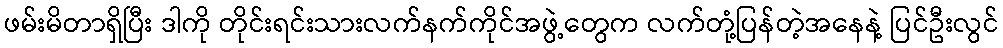
ဖမ်းမိတာရှိပြီး ဒါကို တိုင်းရင်းသားလက်နက်ကိုင်အဖွဲ့တွေက လက်တုံ့ပြန်တဲ့အနေနဲ့ ပြင်ဦးလွင်